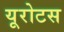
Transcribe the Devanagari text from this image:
यूरोटस